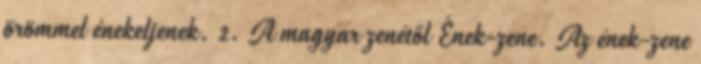
örömmel énekeljenek. 2. A magyar zenétől Ének-zene. Az ének-zene